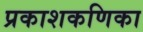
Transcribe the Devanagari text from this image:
प्रकाशकणिका